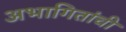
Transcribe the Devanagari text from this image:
अभागितांची